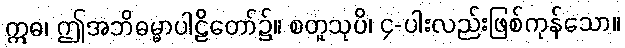
ဣဓ၊ ဤအဘိဓမ္မာပါဠိတော်၌။ စတူသုပိ၊ ၄-ပါးလည်းဖြစ်ကုန်သော။